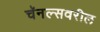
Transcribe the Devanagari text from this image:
चॅनल्सवरील